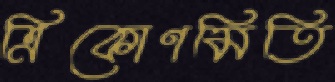
ত্রিকোণমিতি